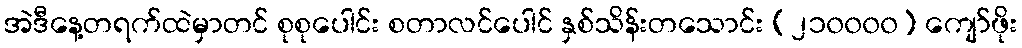
အဲဒီနေ့တရက်ထဲမှာတင် စုစုပေါင်း စတာလင်ပေါင် နှစ်သိန်းတသောင်း (၂၁၀၀၀၀) ကျော်ဖိုး